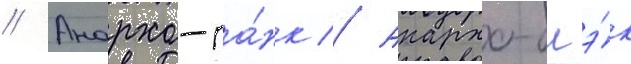
// Анархо-па́нк // Анархо-блэ́к